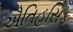
ઐતિહસિક